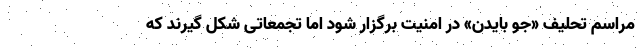
مراسم تحلیف «جو بایدن» در امنیت برگزار شود اما تجمعاتی شکل گیرند که